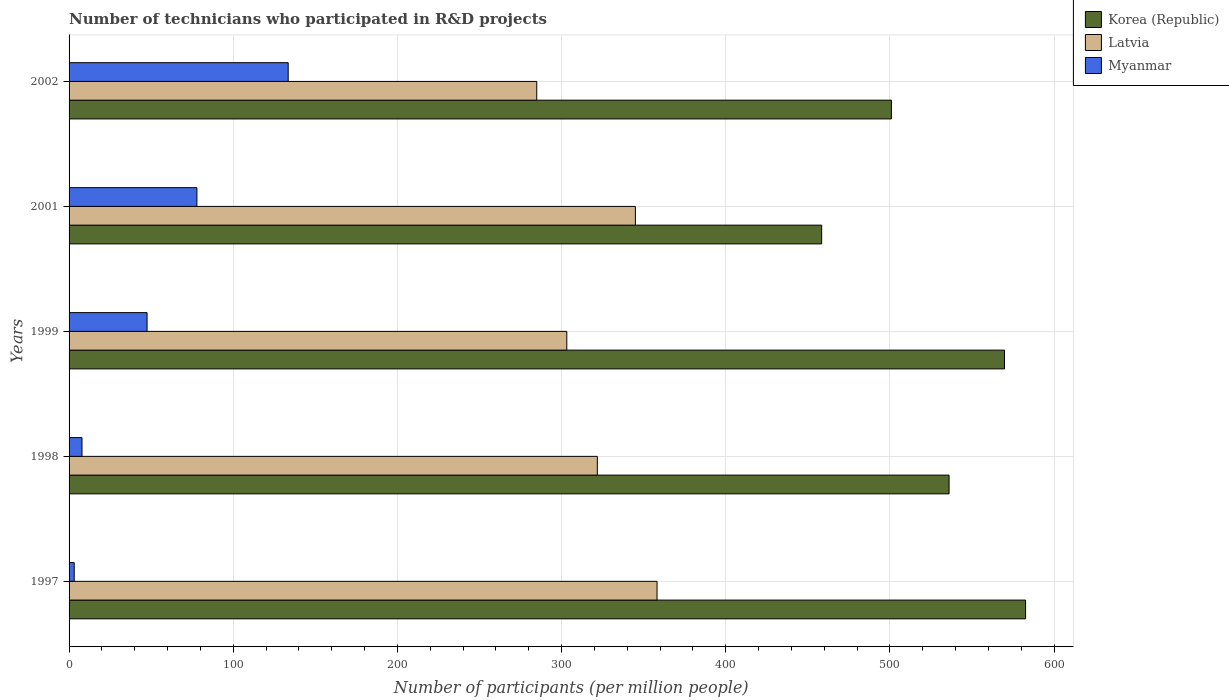
| Years | Korea (Republic) | Latvia | Myanmar |
 | --- | --- | --- | --- |
 | 1997 | 583 | 358 | 3.14 |
 | 1998 | 536 | 322 | 7.87 |
 | 1999 | 570 | 303 | 47.5 |
 | 2001 | 458 | 345 | 77.9 |
 | 2002 | 501 | 285 | 133 |